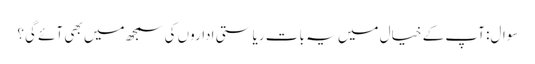
سوال: آپ کے خیال میں یہ بات ریاستی اداروں کی سمجھ میں بھی آئے گی؟